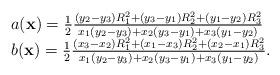
LaTeX: \begin{align*} \left. \begin{array}{l l}a(\textbf{x}) = \frac{1}{2} \frac{(y_2-y_3)R_1^2 + (y_3-y_1)R_2^2 + (y_1-y_2)R_3^2}{x_1(y_2-y_3)+x_2(y_3-y_1)+x_3(y_1-y_2)} \\b(\textbf{x}) = \frac{1}{2} \frac{(x_3-x_2)R_1^2 + (x_1-x_3)R_2^2 + (x_2-x_1)R_3^2}{x_1(y_2-y_3)+x_2(y_3-y_1)+x_3(y_1-y_2)}.\end{array} \right. \end{align*}